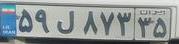
۵۹ل۸۷۳۳۵